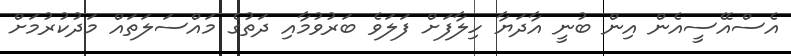
އެސްއޭސީއެން އިން ބުނީ އާދަޔާ ހިލާފަށް ފަލަވެ ބަރުވުމާއި ދަތުގެ މައްސަލަތައް މަދުކުރުމަށް